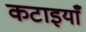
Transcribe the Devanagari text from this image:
कटाइयाँ